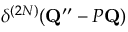
\delta ^ { ( 2 N ) } ( \mathbf { Q } ^ { \prime \prime } - { \cal P } \mathbf { Q } )